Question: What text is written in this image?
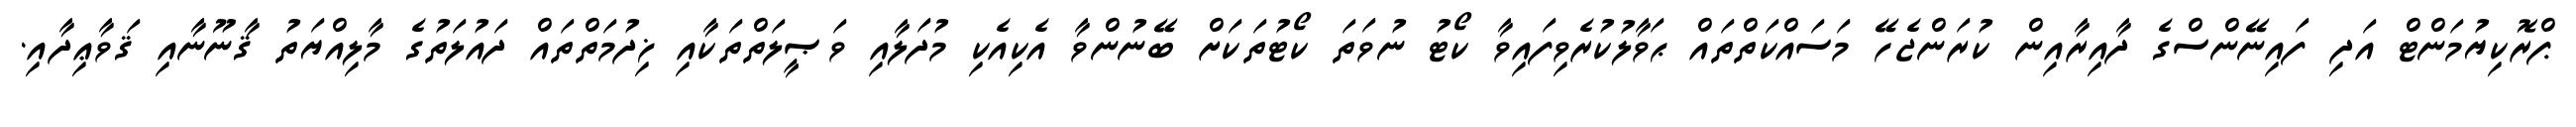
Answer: ޕްރޮކިޔުމަންޓް އަދި ފައިނޭންސްގެ ދާއިރާއިން ކުރަންޖެހޭ މަސައްކަތްތައް ޙަވާލުކުރެވިފައިވާ ކޯޓު ނުވަތަ ކޯޓުތަކަށް ބޭނުންވާ އެކިއެކި މުދަލާއި ވަޞީލަތްތަކާއި ޚިދުމަތްތައް ދައުލަތުގެ މާލިއްޔަތު ޤާނޫނާއި ޤަވާޢިދާއި.